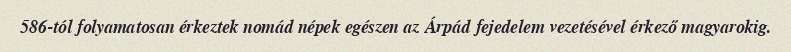
586-tól folyamatosan érkeztek nomád népek egészen az Árpád fejedelem vezetésével érkező magyarokig.